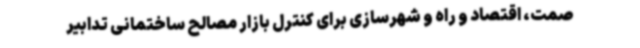
صمت، اقتصاد و راه و شهرسازی برای کنترل بازار مصالح ساختمانی تدابیر